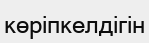
көріпкелдігін